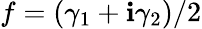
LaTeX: f=(\gamma_{1}+\mathbf{i}\gamma_{2})/2